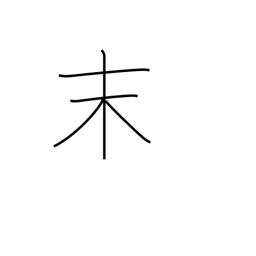
Meaning: powder